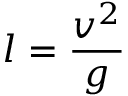
l = \frac { v ^ { 2 } } { g }